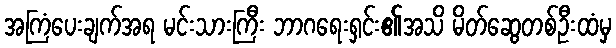
အကြံပေးချက်အရ မင်းသားကြီး ဘာဂရေးရှင်း၏အသိ မိတ်ဆွေတစ်ဦးထံမှ